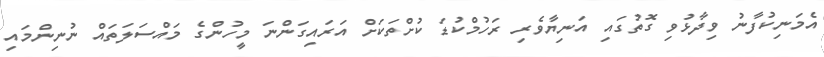
އެމަނިކުފާނު ވިދާޅުވި ގޮތުގައި އަނިޔާވެރި ރަހުމްކުޑަ ކުށްތަކަށް އަރައިގަންނަ މީހުންގެ މައްސަލަތައް ނުނިންމައި